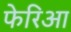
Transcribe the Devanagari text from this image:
फेरिआ